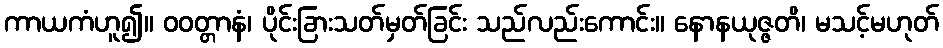
ကာယကံဟူ၍။ ဝဝတ္တာနံ၊ ပိုင်းခြားသတ်မှတ်ခြင်း သည်လည်းကောင်း။ နောနယုဇ္ဇတိ၊ မသင့်မဟုတ်